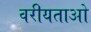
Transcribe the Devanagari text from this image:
वरीयताओ